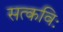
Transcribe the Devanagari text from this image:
सत्कविः